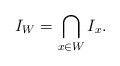
LaTeX: \begin{align*}I_W=\bigcap_{x\in W}I_x.\end{align*}